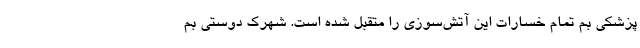
پزشکی بم تمام خسارات این آتش‌سوزی را متقبل شده است. شهرک دوستی بم